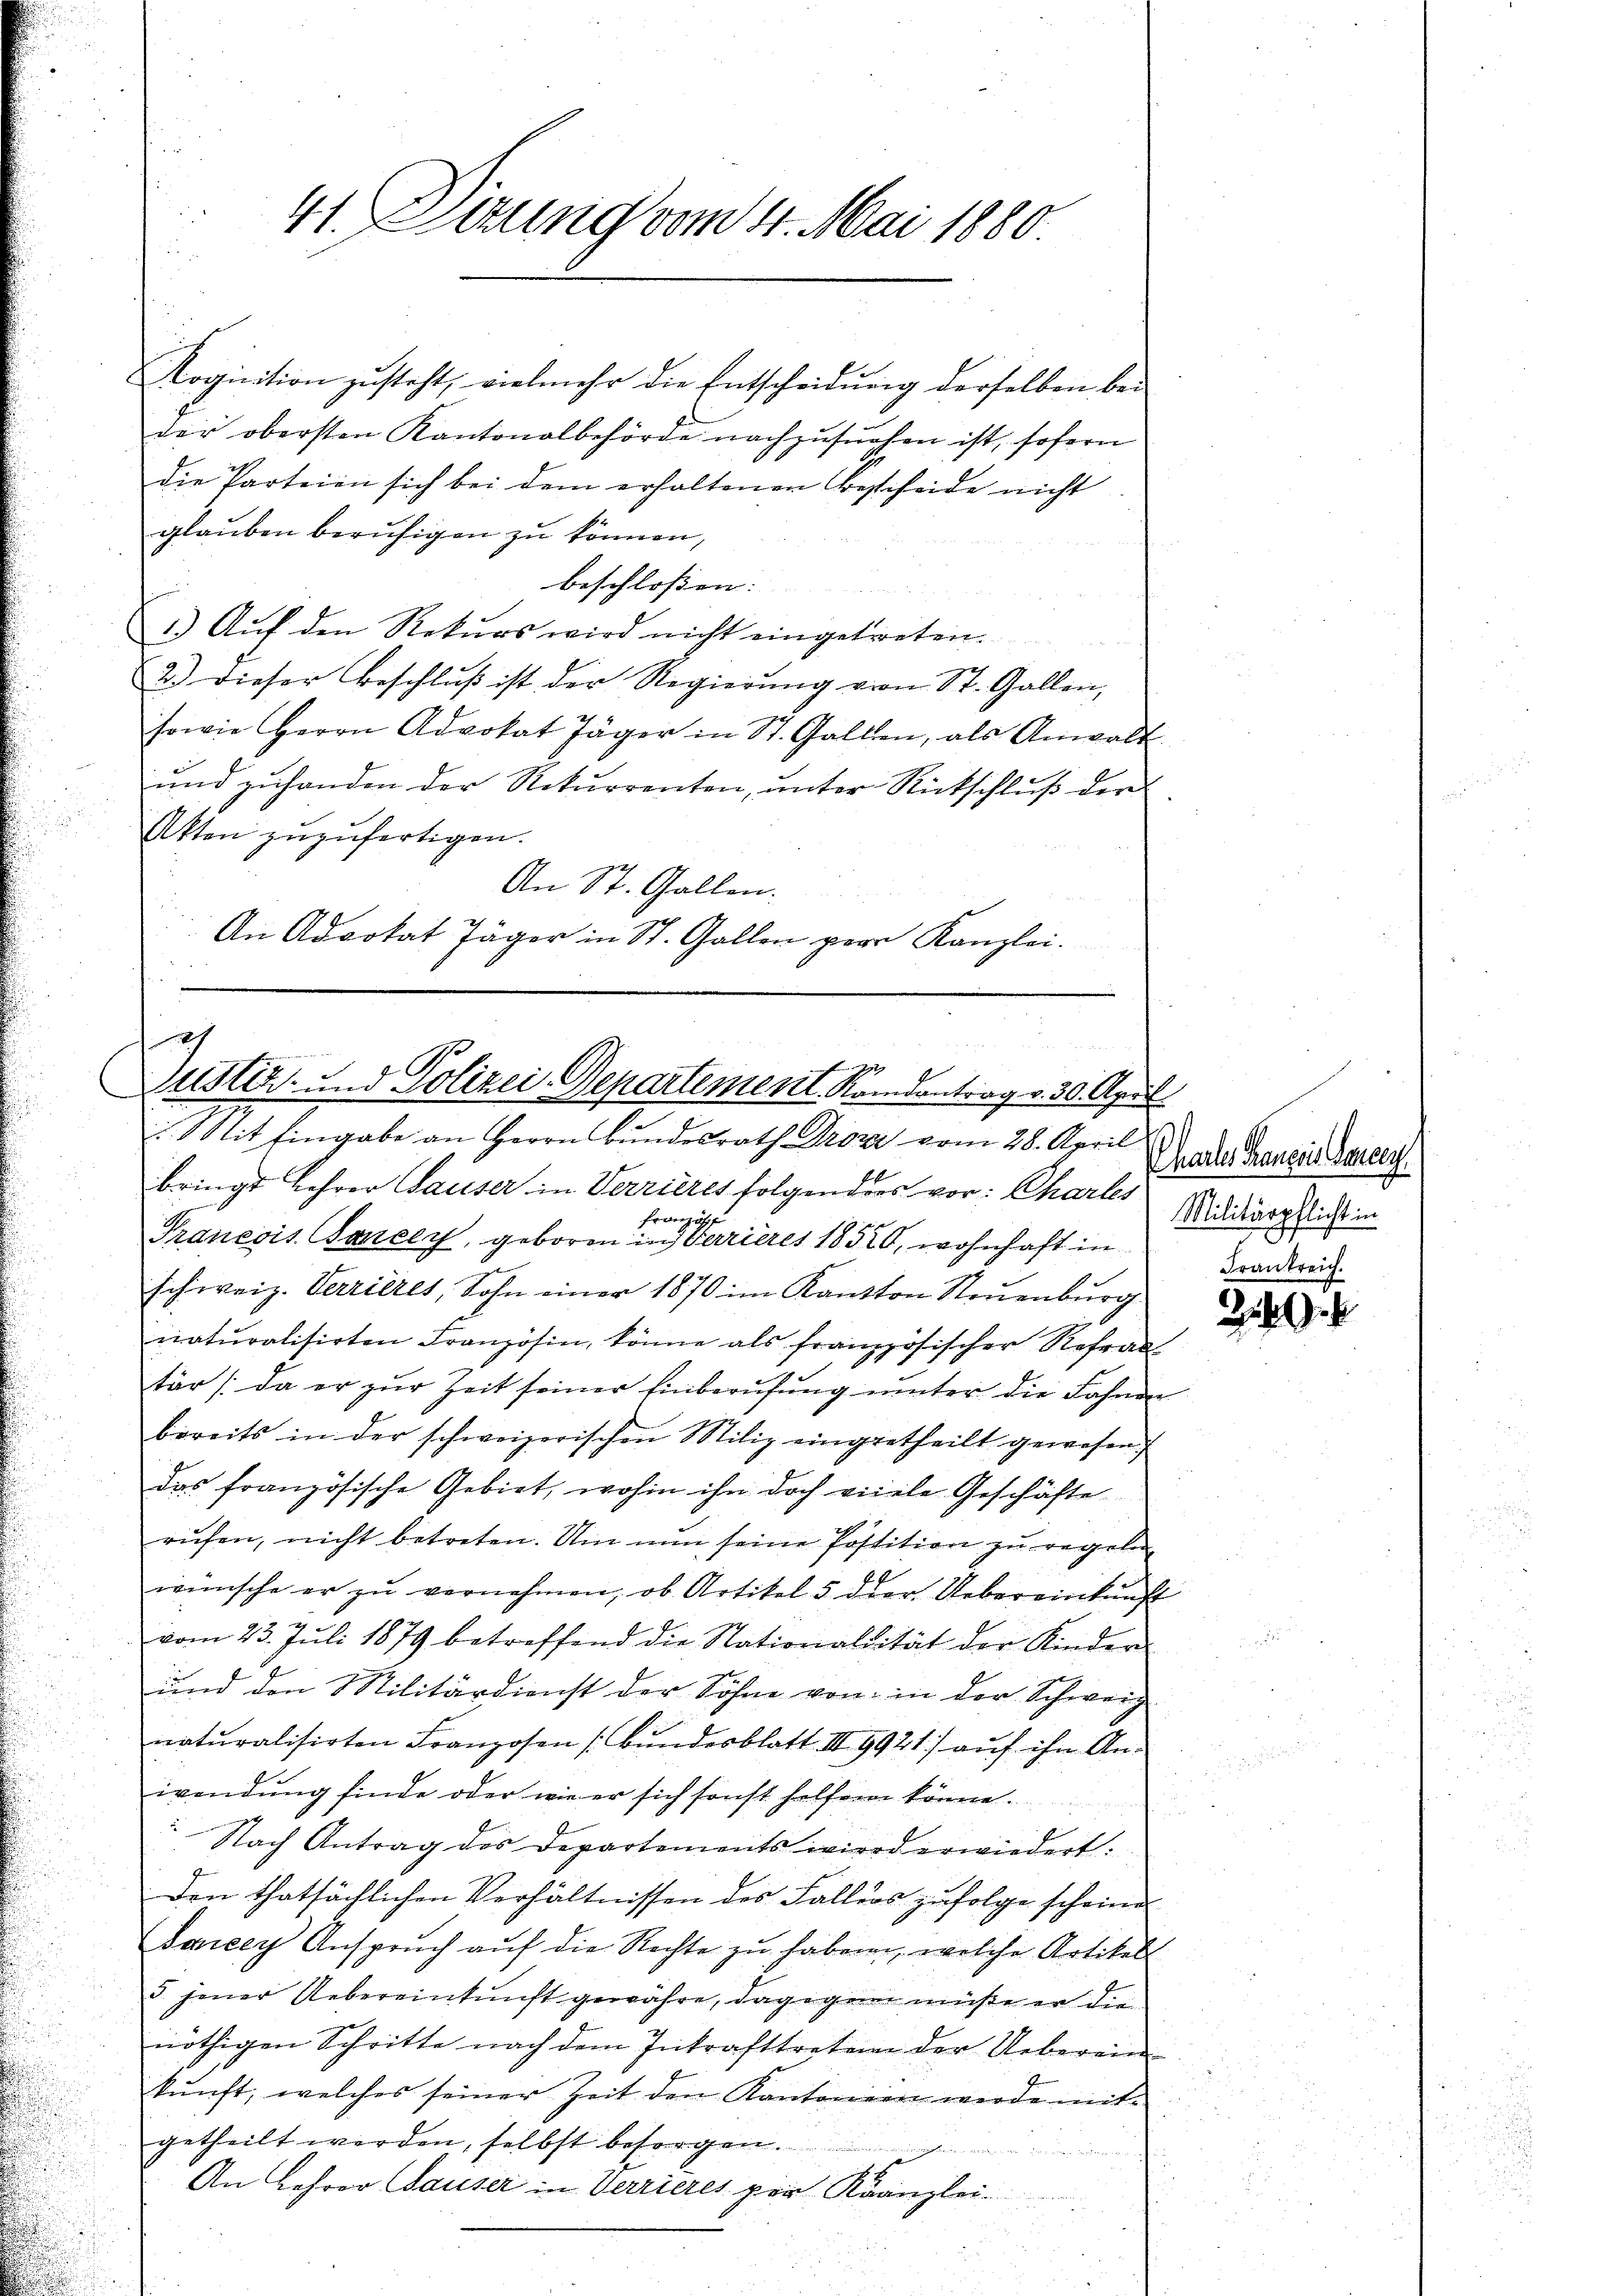
41. Dirung vom 4. Mai 1880

Kognition zusteht, vielmehr die Entscheidung derselben bei
der obersten Kantonalbehörde nachzusuchen ist, sofern
die Parteien sich bei dem erhaltenen Bestifeide nicht
glauben beruhigen zu können,
beschlossen: |
1.) Auf den Rekŭrs wird nicht eingetreten.
2.) Dieser Beschlŭβ ist der Regierŭng von St. Gallen,
sowie Herrn Advokat Jäger in St. Gallen, als Anwalt
und zuhanden der Rekurrenten, unter Rückschluß der
Akten zuzufertigen.
An St. Gallen.
An Advokat Jäger in St. Gallen paar Kanzlei.

h
Justiz- und Polizei-Departement. Randantrag v. 30. April

Sit Eingabe an Herrn Bundesrath Drozi vom 28. April
bringt Lehrer Hauser in Verrieres folgenders vor: Charles
Französ
je
Pranesis Cancey, geboren in Verrieres 1852, wohnhaft in
schweiz. Verrilles, Sohn einer 1870 im Kanton Neuenburg
naturalisirten Französin, könne als französischer Refrau
tär /: da er zŭr Zeit seiner Einberufung unter die Fahnen
bereits in der schweizerischen Miliz eingetheilt gewesen.
das französische Gebiet, wohin ihn doch viele Geschäfte
rufen, nicht betreten. Um nun seine Postition zu regeln
wünsche er zŭ vernehmen, ob Artikel 5 der Uebereinkunft
vom 23. Juli 1879 betreffend die Nationallität der Kinder
und den Militärdienst der Söhne von in der Schweiz
naturalisirten Franzosen (Bundesblatt III 9921) auf ihn An-
wendung finde oder wie er sich sonst helfen könne.
Nach Antrag des Departements wird erwiedert:
Den thatsächlichen Verhältnissen des Fallers zufolge scheine
Janey Anspruch auf die Rechte zu haben, welche Artikels
5 jener Uebereinkunft gewahre, dagegen müße er die
nöthigen Schritte nach dem Inkrafttreten der Ueberein
kŭnft, welches seiner Zeit den Kantonen werde mit
getheilt werden, selbst besorgen.
kinde auf sei der die wir in
An Lehrer Sauser in Verrieres per Kanzlei-

Chartes Francis Gartey
Militärpflicht in

2.
.

2)